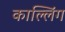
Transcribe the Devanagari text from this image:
काल्लिंग